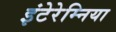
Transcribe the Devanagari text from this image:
इंटेरेम्निया